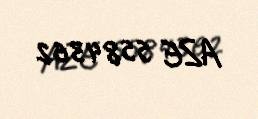
AZE 5584362